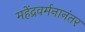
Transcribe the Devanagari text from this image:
महेंद्रवर्मनानंतर